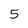
Character: 5